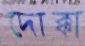
দোক্কা